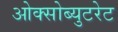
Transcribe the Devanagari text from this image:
ओक्सोब्युटरेट